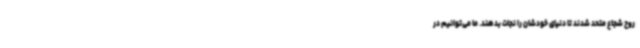
روح شجاع متحد شدند تا دنیای خودشان را نجات بدهند. ما می‌توانیم در